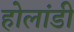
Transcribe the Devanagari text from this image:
होलांडी